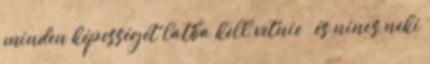
minden képességét latba kell vetnie – és nincs neki